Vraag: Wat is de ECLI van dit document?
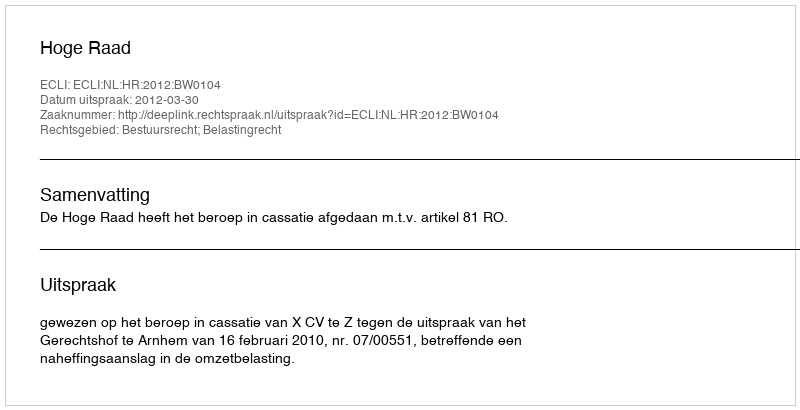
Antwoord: ECLI:NL:HR:2012:BW0104